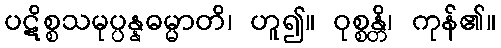
ပဋိစ္စသမုပ္ပန္နဓမ္မာတိ၊ ဟူ၍။ ဝုစ္စန္တိ၊ ကုန်၏။